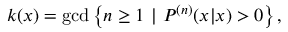
\begin{array} { r } { k ( x ) = \mathrm { g c d } \left\{ n \geq 1 ~ | ~ P ^ { ( n ) } ( x | x ) > 0 \right\} , } \end{array}